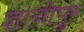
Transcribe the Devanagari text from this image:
ज्ञानीपुर